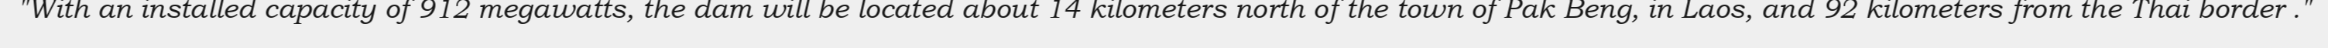
"With an installed capacity of 912 megawatts, the dam will be located about 14 kilometers north of the town of Pak Beng, in Laos, and 92 kilometers from the Thai border ."